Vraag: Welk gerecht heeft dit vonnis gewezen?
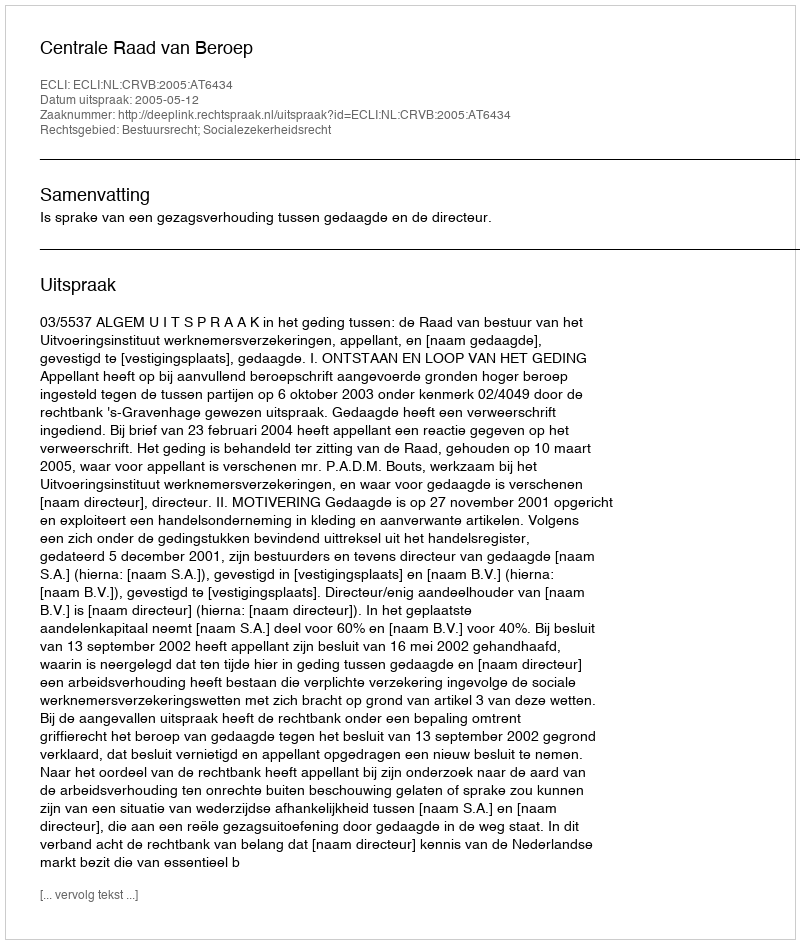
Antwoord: Centrale Raad van Beroep